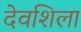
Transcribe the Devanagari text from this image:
देवशिला